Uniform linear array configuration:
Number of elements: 64
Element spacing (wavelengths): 1
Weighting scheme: kaiser
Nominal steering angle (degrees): -45
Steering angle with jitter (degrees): -46.599
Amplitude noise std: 0.05
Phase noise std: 0.05

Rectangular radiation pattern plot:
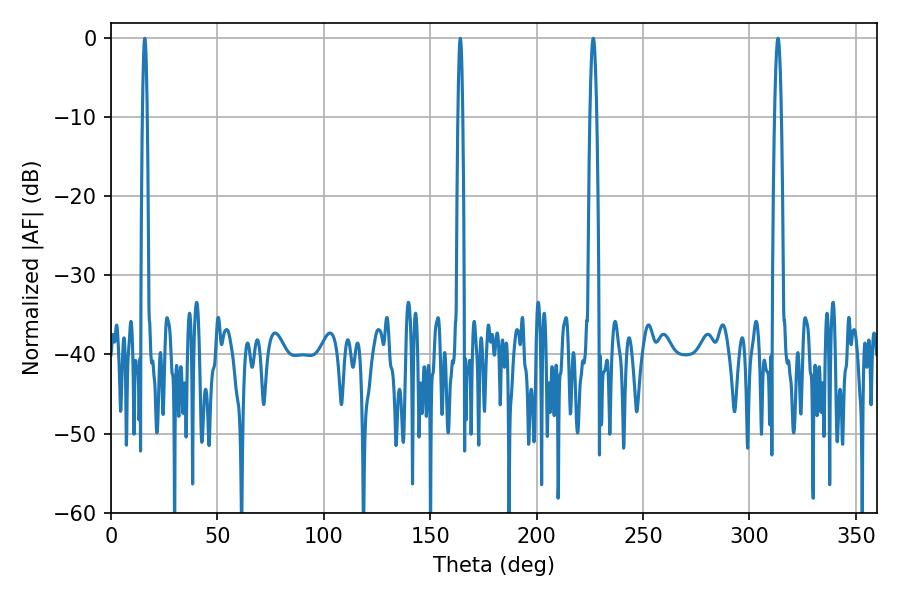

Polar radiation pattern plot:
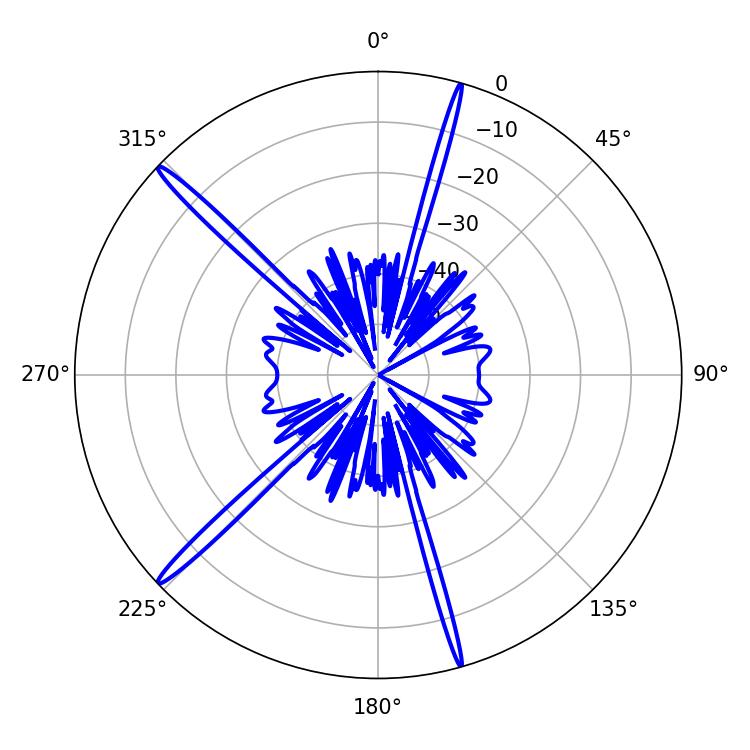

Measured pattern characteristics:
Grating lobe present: TRUE
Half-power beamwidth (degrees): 1.8
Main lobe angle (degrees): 313.38